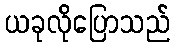
ယခုလိုပြောသည်